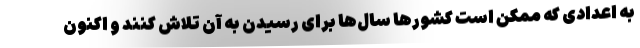
به اعدادی که ممکن است کشورها سال­ها برای رسیدن به آن تلاش کنند و اکنون